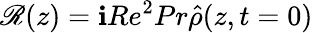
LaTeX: \mathscr{R}(z)=\textbf{i}Re^{2}Pr\hat{\rho}(z,t=0)